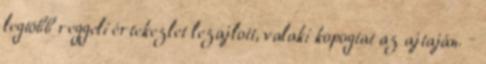
legtöbb reggeli értekezlet lezajlott, valaki kopogtat az ajtaján. –